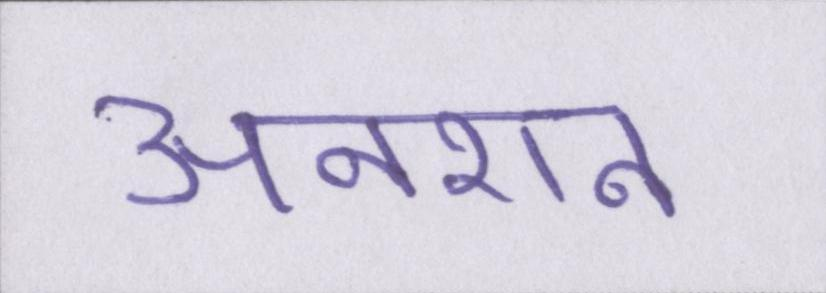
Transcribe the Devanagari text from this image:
अनशन